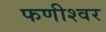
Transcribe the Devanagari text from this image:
फणीश्‍वर